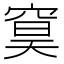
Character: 䆨